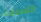
اللاصقة